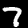
Label: 7